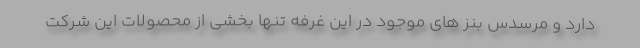
دارد و مرسدس بنز های موجود در این غرفه تنها بخشی از محصولات این شرکت